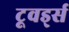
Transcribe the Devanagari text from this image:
टूवर्ड्स